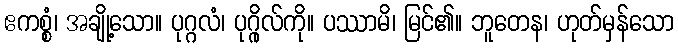
ဧကစ္စံ၊ အချို့သော။ ပုဂ္ဂလံ၊ ပုဂ္ဂိုလ်ကို။ ပဿာမိ၊ မြင်၏။ ဘူတေန၊ ဟုတ်မှန်သော